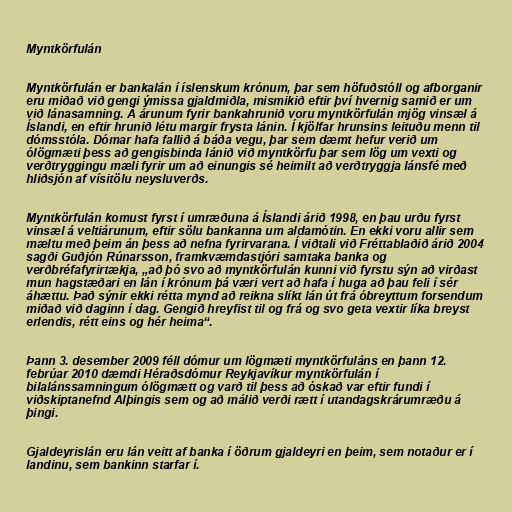
Myntkörfulán

Myntkörfulán er bankalán í íslenskum krónum, þar sem höfuðstóll og afborganir
eru miðað við gengi ýmissa gjaldmiðla, mismikið eftir því hvernig samið er um
við lánasamning. Á árunum fyrir bankahrunið voru myntkörfulán mjög vinsæl á
Íslandi, en eftir hrunið létu margir frysta lánin. Í kjölfar hrunsins leituðu menn til
dómsstóla. Dómar hafa fallið á báða vegu, þar sem dæmt hefur verið um
ólögmæti þess að gengisbinda lánið við myntkörfu þar sem lög um vexti og
verðtryggingu mæli fyrir um að einungis sé heimilt að verðtryggja lánsfé með
hliðsjón af vísitölu neysluverðs.

Myntkörfulán komust fyrst í umræðuna á Íslandi árið 1998, en þau urðu fyrst
vinsæl á veltiárunum, eftir sölu bankanna um aldamótin. En ekki voru allir sem
mæltu með þeim án þess að nefna fyrirvarana. Í viðtali við Fréttablaðið árið 2004
sagði Guðjón Rúnarsson, framkvæmdastjóri samtaka banka og
verðbréfafyrirtækja, „að þó svo að myntkörfulán kunni við fyrstu sýn að virðast
mun hagstæðari en lán í krónum þá væri vert að hafa í huga að þau feli í sér
áhættu. Það sýnir ekki rétta mynd að reikna slíkt lán út frá óbreyttum forsendum
miðað við daginn í dag. Gengið hreyfist til og frá og svo geta vextir líka breyst
erlendis, rétt eins og hér heima“.

Þann 3. desember 2009 féll dómur um lögmæti myntkörfuláns en þann 12.
febrúar 2010 dæmdi Héraðsdómur Reykjavíkur myntkörfulán í
bilalánssamningum ólögmætt og varð til þess að óskað var eftir fundi í
viðskiptanefnd Alþingis sem og að málið verði rætt í utandagskrárumræðu á
þingi.

Gjaldeyrislán eru lán veitt af banka í öðrum gjaldeyri en þeim, sem notaður er í
landinu, sem bankinn starfar í.